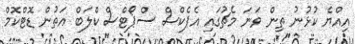
އިއްޔެ ކުޅުނު ތިން ވަނަ މެޗުގައި އެޕެކްސް ސްޕޯޓްސް ކްލަބް އަތުން ޑޮޓްކޮމް